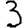
Digit: 3